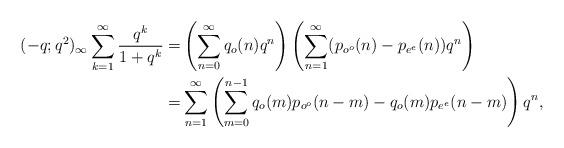
LaTeX: \begin{align*}(-q;q^2)_\infty \sum_{k=1}^\infty \frac{q^k}{1+q^k}=&\left(\sum_{n=0}^{\infty} q_o(n) q^n\right)\left(\sum_{n=1}^{\infty} (p_{o^o}(n)-p_{e^e}(n)) q^n\right)\\=&\sum_{n=1}^{\infty}\left(\sum_{m=0}^{n-1}q_o(m)p_{o^o}(n-m)-q_o(m)p_{e^e}(n-m)\right)q^n,\end{align*}